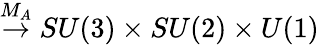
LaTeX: \stackrel{M_{A}}{\rightarrow}SU(3)\times SU(2)\times U(1)